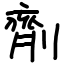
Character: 劑